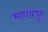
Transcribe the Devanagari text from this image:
माधवपूर